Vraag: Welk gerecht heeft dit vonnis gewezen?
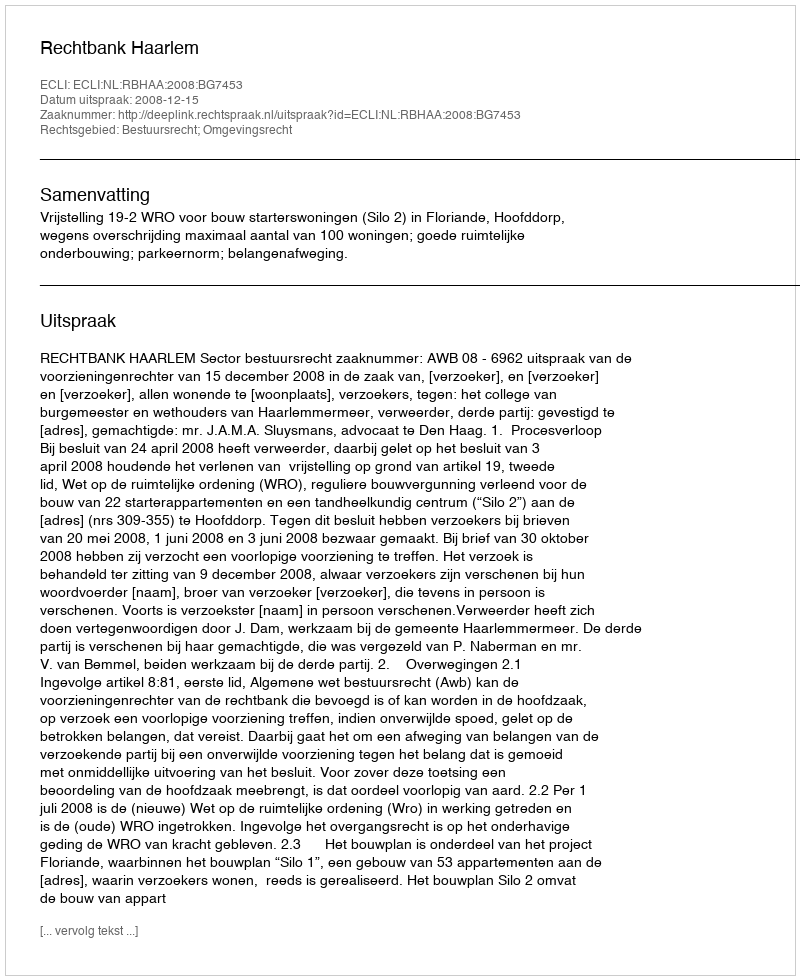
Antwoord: Rechtbank Haarlem